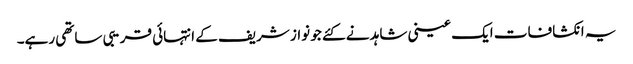
یہ انکشافات ایک عینی شاہد نے کئے جو نواز شریف کے انتہائی قریبی ساتھی رہے۔